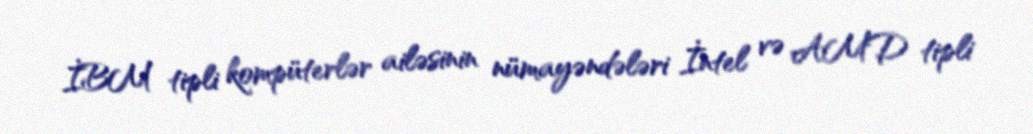
İBM tipli kompüterlər ailəsinin nümayəndələri İntel və AMD tipli